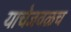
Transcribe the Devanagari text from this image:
याचेजवळच